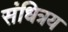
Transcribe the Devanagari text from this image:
संधित्रय